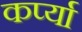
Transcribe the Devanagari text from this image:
कर्प्या